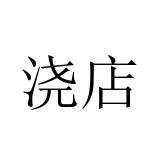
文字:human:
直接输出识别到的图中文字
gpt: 浇店